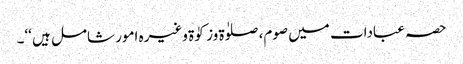
حصہ عبادات میں صوم، صلوٰۃ وزکوٰۃ وغیرہ امور شامل ہیں ‘‘۔